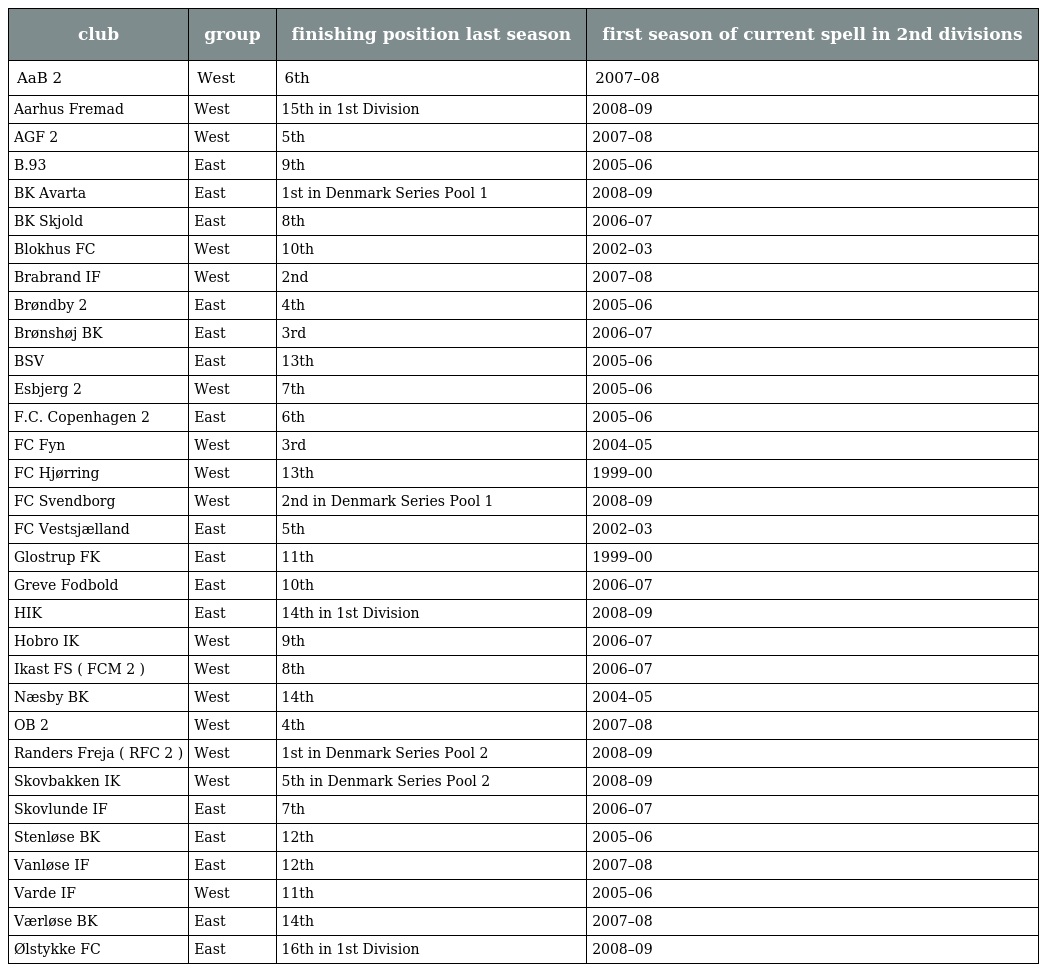
| club | group | finishing position last season | first season of current spell in 2nd divisions |
 | --- | --- | --- | --- |
 | AaB 2 | West | 6th | 2007–08 |
 | Aarhus Fremad | West | 15th in 1st Division | 2008–09 |
 | AGF 2 | West | 5th | 2007–08 |
 | B.93 | East | 9th | 2005–06 |
 | BK Avarta | East | 1st in Denmark Series Pool 1 | 2008–09 |
 | BK Skjold | East | 8th | 2006–07 |
 | Blokhus FC | West | 10th | 2002–03 |
 | Brabrand IF | West | 2nd | 2007–08 |
 | Brøndby 2 | East | 4th | 2005–06 |
 | Brønshøj BK | East | 3rd | 2006–07 |
 | BSV | East | 13th | 2005–06 |
 | Esbjerg 2 | West | 7th | 2005–06 |
 | F.C. Copenhagen 2 | East | 6th | 2005–06 |
 | FC Fyn | West | 3rd | 2004–05 |
 | FC Hjørring | West | 13th | 1999–00 |
 | FC Svendborg | West | 2nd in Denmark Series Pool 1 | 2008–09 |
 | FC Vestsjælland | East | 5th | 2002–03 |
 | Glostrup FK | East | 11th | 1999–00 |
 | Greve Fodbold | East | 10th | 2006–07 |
 | HIK | East | 14th in 1st Division | 2008–09 |
 | Hobro IK | West | 9th | 2006–07 |
 | Ikast FS ( FCM 2 ) | West | 8th | 2006–07 |
 | Næsby BK | West | 14th | 2004–05 |
 | OB 2 | West | 4th | 2007–08 |
 | Randers Freja ( RFC 2 ) | West | 1st in Denmark Series Pool 2 | 2008–09 |
 | Skovbakken IK | West | 5th in Denmark Series Pool 2 | 2008–09 |
 | Skovlunde IF | East | 7th | 2006–07 |
 | Stenløse BK | East | 12th | 2005–06 |
 | Vanløse IF | East | 12th | 2007–08 |
 | Varde IF | West | 11th | 2005–06 |
 | Værløse BK | East | 14th | 2007–08 |
 | Ølstykke FC | East | 16th in 1st Division | 2008–09 |